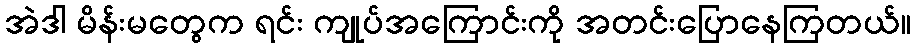
အဲဒါ မိန်းမတွေက ရင်း ကျုပ်အကြောင်းကို အတင်းပြောနေကြတယ်။